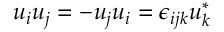
u _ { i } u _ { j } = - u _ { j } u _ { i } = \epsilon _ { i j k } u _ { k } ^ { * }